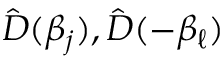
\hat { D } ( \beta _ { j } ) , \hat { D } ( - \beta _ { \ell } )